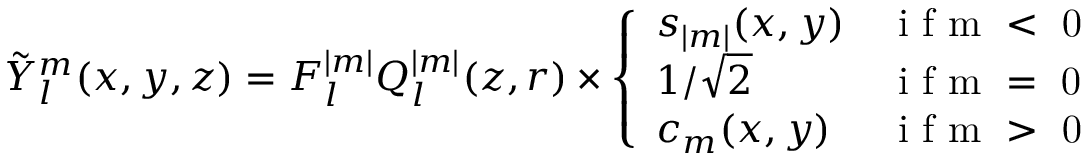
\tilde { Y } _ { l } ^ { m } ( x , y , z ) = F _ { l } ^ { | m | } Q _ { l } ^ { | m | } ( z , r ) \times \left\{ \begin{array} { l l } { s _ { | m | } ( x , y ) } & { \mathrm { ~ i ~ f ~ m ~ < ~ 0 ~ } } \\ { 1 / \sqrt { 2 } } & { \mathrm { ~ i ~ f ~ m ~ = ~ 0 ~ } } \\ { c _ { m } ( x , y ) } & { \mathrm { ~ i ~ f ~ m ~ > ~ 0 ~ } } \end{array} \right.